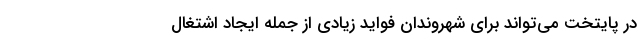
در پایتخت می‌تواند برای شهروندان فواید زیادی از جمله ایجاد اشتغال